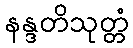
နန္ဒတိသုတ္တံ